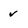
Character: v